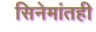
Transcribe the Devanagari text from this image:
सिनेमांतही